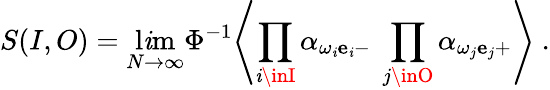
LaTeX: S(I,O)=\operatorname*{l\mathit{i}m}_{N\to\infty}\Phi^{-1}\Biggl\langle\prod_{\mathit{i}\inI}\alpha_{{\omega_{\mathit{i}}{\mathbf{e}}_{\mathit{i}}}-}\ \prod_{j\inO}\alpha_{{\omega_{j}{\mathbf{e}}_{j}}+}\Biggr\rangle\ .